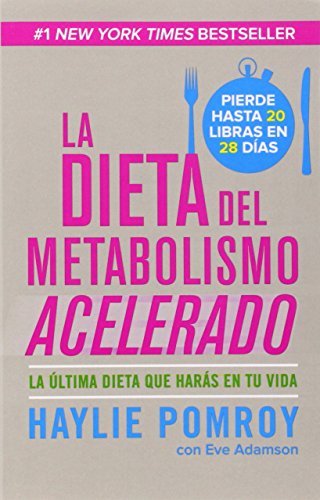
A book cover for La dieta del metabolismo acelerado: Come mÃ¡s, pierde mÃ¡s (Spanish Edition); Haylie Pomroy; Health, Fitness & Dieting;